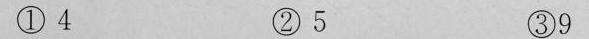
① 4 ②5 ③9